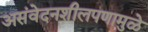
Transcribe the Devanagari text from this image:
असंवेदनशीलपणामुळे